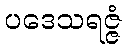
ပဒေသရဇ္ဇံ